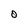
Character: O